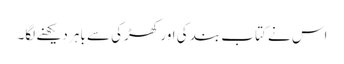
اس نے کتاب بند کی اور کھڑکی سے باہر دیکھنے لگا۔